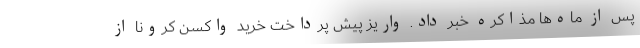
پس از ماه‌ها مذاکره خبر داد. واریز پیش پرداخت خرید واکسن کرونا از